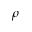
\rho